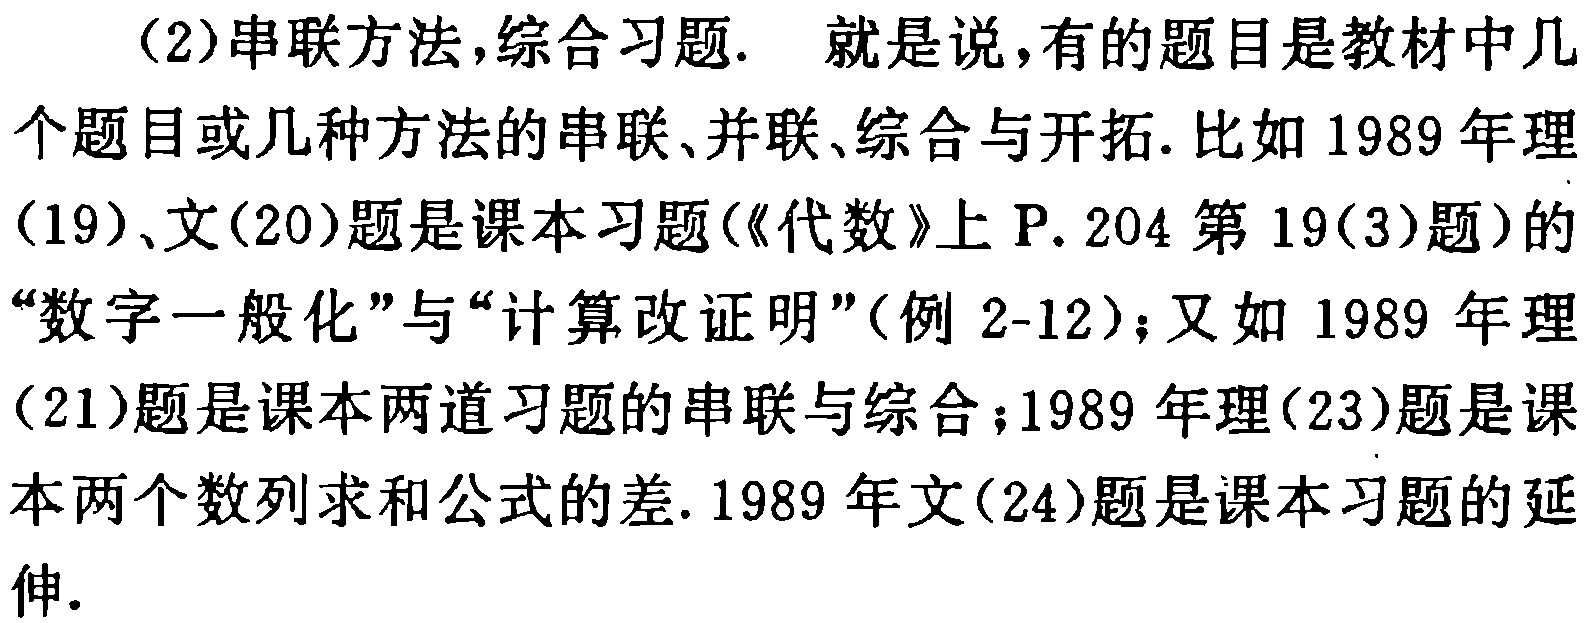
（2）串联方法,综合习题. 就是说,有的题目是教材中几个题目或几种方法的串联、并联、综合与开拓.比如1989年理（19）、文（20）题是课本习题(《代数》上P. 204第19(3)题)的“数字一般化”与“计算改证明”(例2-12)；又如1989年理（21）题是课本两道习题的串联与综合；1989年理（23）题是课本两个数列求和公式的差. 1989年文（24）题是课本习题的延伸.